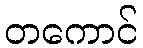
တကောင်